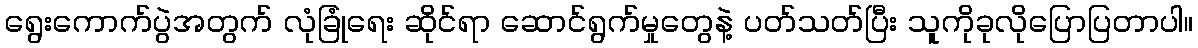
ရွေးကောက်ပွဲအတွက် လုံခြုံရေး ဆိုင်ရာ ဆောင်ရွက်မှုတွေနဲ့ ပတ်သတ်ပြီး သူကိုခုလိုပြောပြတာပါ။